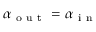
\alpha _ { \mathrm { ~ o ~ u ~ t ~ } } = \alpha _ { \mathrm { ~ i ~ n ~ } }